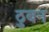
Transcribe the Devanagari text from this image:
ठुबन